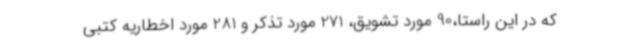
که در این راستا،90 مورد تشویق، 271 مورد تذکر و 281 مورد اخطاریه کتبی